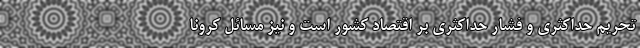
تحریم حداکثری و فشار حداکثری بر اقتصاد کشور است و نیز مسائل کرونا